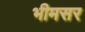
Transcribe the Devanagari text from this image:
भीमसर